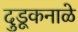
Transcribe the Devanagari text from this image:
दुडूकनाळे